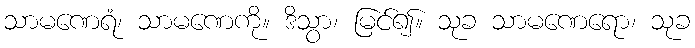
သာမဏေရံ၊ သာမဏေကို။ ဒိသွာ၊ မြင်၍။ သုခ သာမဏေရော၊ သုခ